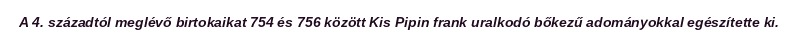
A 4. századtól meglévő birtokaikat 754 és 756 között Kis Pipin frank uralkodó bőkezű adományokkal egészítette ki.